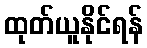
ထုတ်ယူနိုင်ရန်